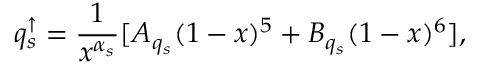
q _ { s } ^ { \uparrow } = \frac { 1 } { x ^ { \alpha _ { s } } } [ A _ { q _ { s } } ( 1 - x ) ^ { 5 } + B _ { q _ { s } } ( 1 - x ) ^ { 6 } ] ,